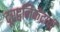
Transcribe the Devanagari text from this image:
दूरद्वनिकेंद्राची